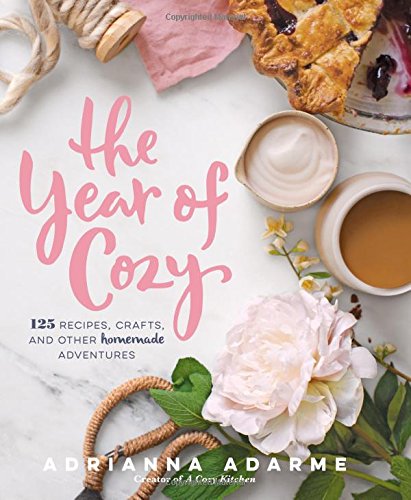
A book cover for The Year of Cozy: 125 Recipes, Crafts, and Other Homemade Adventures; Adrianna Adarme; Cookbooks, Food & Wine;